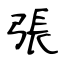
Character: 張